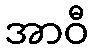
အာဝီ